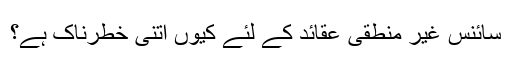
سائنس غیر منطقی عقائد کے لئے کیوں اتنی خطرناک ہے؟